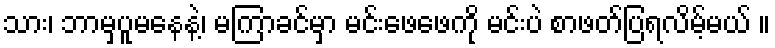
သား၊ ဘာမှပူမနေနဲ့၊ မကြာခင်မှာ မင်းဖေဖေကို မင်းပဲ စာဖတ်ပြရလိမ့်မယ် ။